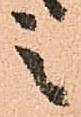
之